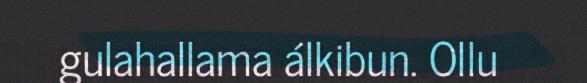
gulahallama álkibun. Ollu